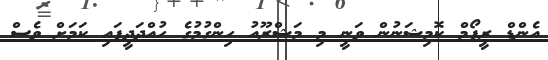
އެންޑް ރީފޯމް ކޮމިޝަނުން ވަނީ މި މަޝްރޫއު ހިންގުމުގެ ހުއްދަދީފައި ކަމަށް ވެސް